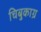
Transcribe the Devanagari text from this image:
चिबुकाग्र